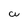
Character: W